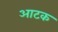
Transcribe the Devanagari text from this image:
आटक